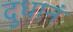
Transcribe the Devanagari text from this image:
दुधानं